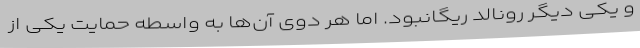
و یکی دیگر رونالد ریگانبود. اما هر دوی آن‌ها به واسطه حمایت یکی از